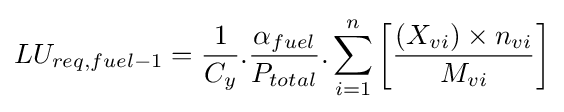
LU_{req,fuel-1}={1 \over C_{y}}.{\alpha _{fuel} \over P_{total}}.\sum _{i=1}^{n}\left[{\frac {\left(X_{vi}\right)\times n_{vi}}{M_{vi}}}\right]